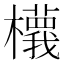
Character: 𣟝